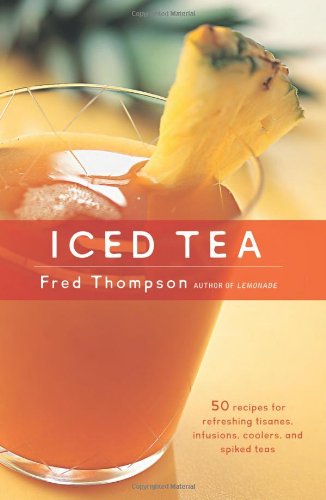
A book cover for Iced Tea: 50 Recipes for Refreshing Tisanes, Infusions, Coolers, and Spiked Teas (50 Series); Fred Thompson; Cookbooks, Food & Wine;